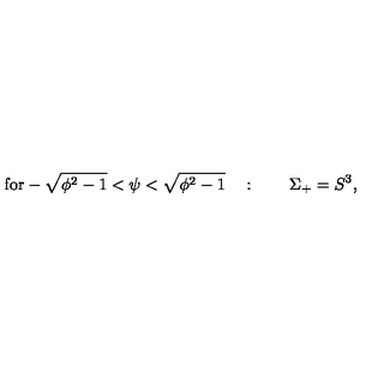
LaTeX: \mathrm { f o r - \sqrt { \phi ^ 2 - 1 } < \psi < \sqrt { \phi ^ 2 - 1 } } \quad : \qquad \Sigma _ { + } = S ^ { 3 } ,